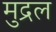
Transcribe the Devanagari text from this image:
मुद्रल